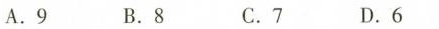
A.9 B.8 C.7 D.6